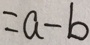
= a - b